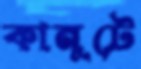
কানুটে